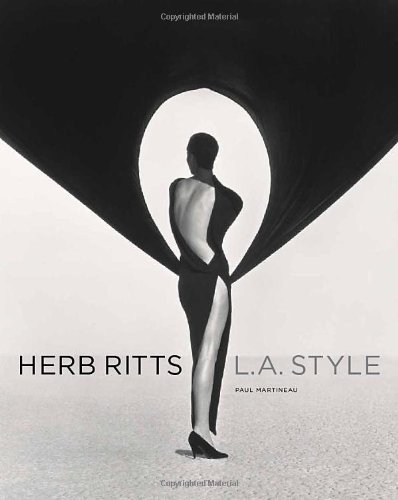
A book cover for Herb Ritts: L.A. Style; Paul Martineau; Humor & Entertainment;